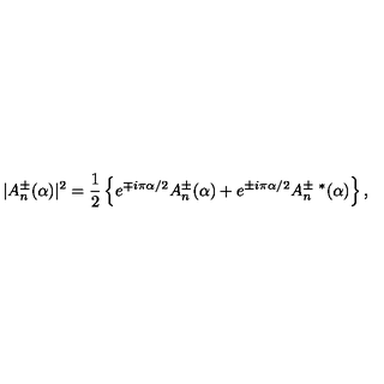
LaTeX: | A _ { n } ^ { \pm } ( \alpha ) | ^ { 2 } = { \frac { 1 } { 2 } } \left\{ e ^ { \mp i \pi \alpha / 2 } A _ { n } ^ { \pm } ( \alpha ) + e ^ { \pm i \pi \alpha / 2 } A _ { n } ^ { \pm \ * } ( \alpha ) \right\} ,